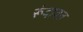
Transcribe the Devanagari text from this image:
रूंदावत